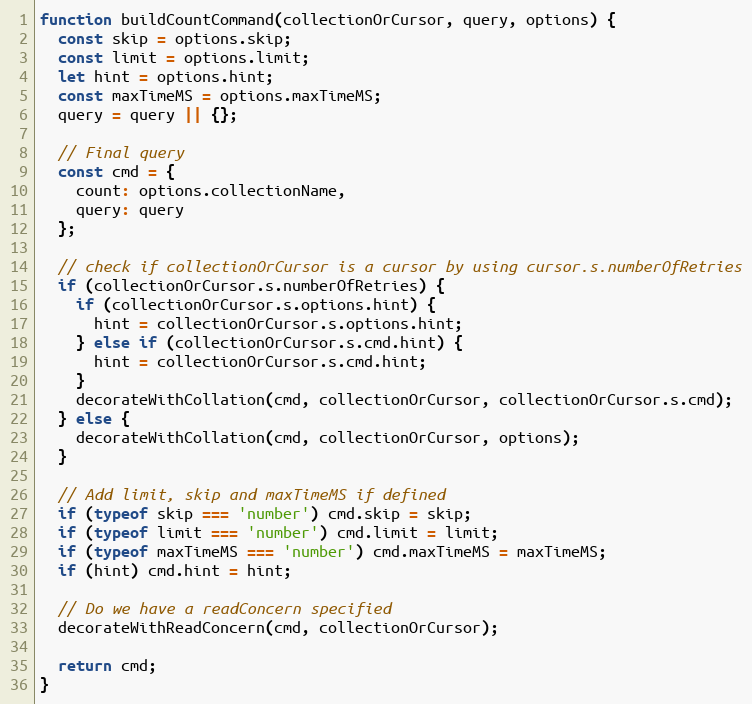
Language: JavaScript
function buildCountCommand(collectionOrCursor, query, options) {
  const skip = options.skip;
  const limit = options.limit;
  let hint = options.hint;
  const maxTimeMS = options.maxTimeMS;
  query = query || {};

  // Final query
  const cmd = {
    count: options.collectionName,
    query: query
  };

  // check if collectionOrCursor is a cursor by using cursor.s.numberOfRetries
  if (collectionOrCursor.s.numberOfRetries) {
    if (collectionOrCursor.s.options.hint) {
      hint = collectionOrCursor.s.options.hint;
    } else if (collectionOrCursor.s.cmd.hint) {
      hint = collectionOrCursor.s.cmd.hint;
    }
    decorateWithCollation(cmd, collectionOrCursor, collectionOrCursor.s.cmd);
  } else {
    decorateWithCollation(cmd, collectionOrCursor, options);
  }

  // Add limit, skip and maxTimeMS if defined
  if (typeof skip === 'number') cmd.skip = skip;
  if (typeof limit === 'number') cmd.limit = limit;
  if (typeof maxTimeMS === 'number') cmd.maxTimeMS = maxTimeMS;
  if (hint) cmd.hint = hint;

  // Do we have a readConcern specified
  decorateWithReadConcern(cmd, collectionOrCursor);

  return cmd;
}